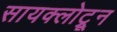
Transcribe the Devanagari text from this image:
सायक्लोट्रून